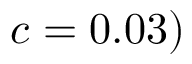
c = 0 . 0 3 )